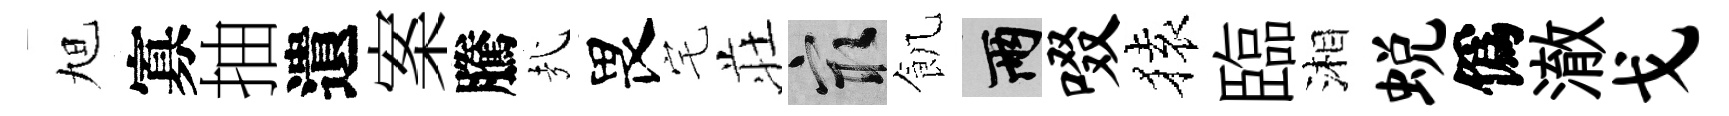
旭寡抽遺案騰㢤畏宅荘冣飢兩啜𫞤臨湘蜕僞澈戈